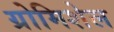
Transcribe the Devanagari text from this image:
ग्रोमिशेल